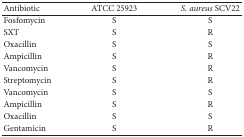
<table><thead><tr><td><b>Antibiotic</b></td><td><b>ATCC 25923</b></td><td><b><i>S. aureus </i>SCV22</b></td></tr></thead><tbody><tr><td>Fosfomycin</td><td>S</td><td>S</td></tr><tr><td>SXT</td><td>S</td><td>R</td></tr><tr><td>Oxacillin</td><td>S</td><td>S</td></tr><tr><td>Ampicillin </td><td>S</td><td>R</td></tr><tr><td>Vancomycin</td><td>S</td><td>R</td></tr><tr><td>Streptomycin </td><td>S</td><td>R</td></tr><tr><td>Vancomycin</td><td>S</td><td>S</td></tr><tr><td>Ampicillin </td><td>S</td><td>R</td></tr><tr><td>Oxacillin </td><td>S</td><td>S</td></tr><tr><td>Gentamicin</td><td>S</td><td>R</td></tr></tbody></table>